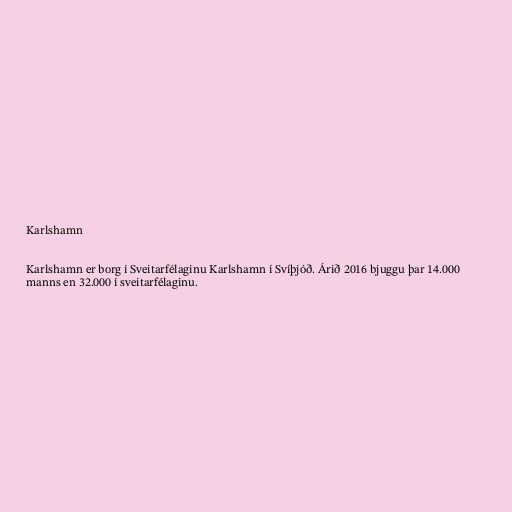
Karlshamn

Karlshamn er borg í Sveitarfélaginu Karlshamn í Svíþjóð. Árið 2016 bjuggu þar 14.000
manns en 32.000 í sveitarfélaginu.